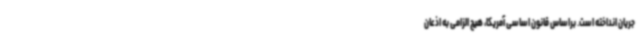
جریان انداخته است. براساس قانون اساسی آمریکا، هیچ الزامی به اذعان